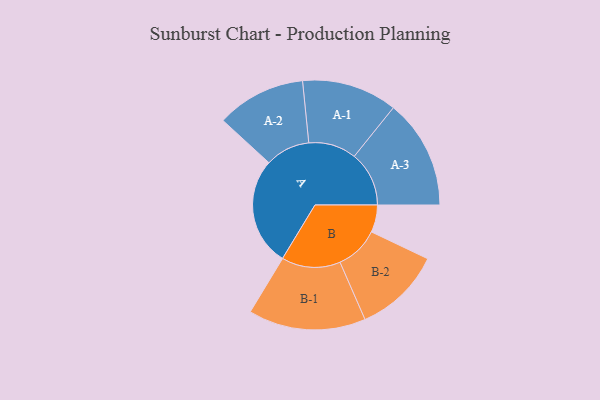
{"axis": {"x": "Segment", "y": "Value"}, "legend": ["", "A", "B"], "data": [{"x": "A", "y": 493, "type": ""}, {"x": "B", "y": 124, "type": ""}, {"x": "A-1", "y": 217, "type": "A"}, {"x": "A-2", "y": 203, "type": "A"}, {"x": "A-3", "y": 249, "type": "A"}, {"x": "B-1", "y": 267, "type": "B"}, {"x": "B-2", "y": 199, "type": "B"}]}